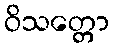
ဝိသတ္တော